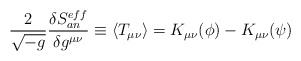
\begin{align*}\frac{2}{\sqrt{-g}}\frac{\delta S^{eff}_{an}}{\delta g^{\mu\nu}}\equiv \langle T_{\mu\nu}\rangle = K_{\mu\nu}(\phi)-K_{\mu\nu}(\psi)\end{align*}